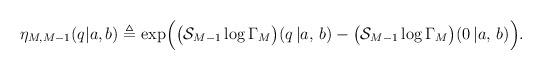
LaTeX: \begin{align*}\eta_{M, M-1}(q|a, b) \triangleq \exp\Bigl( \bigl(\mathcal{S}_{M-1}\log\Gamma_M\bigr)(q\,|a,\,b) - \bigl(\mathcal{S}_{M-1} \log\Gamma_M\bigr)(0\,|a,\,b) \Bigr). \end{align*}